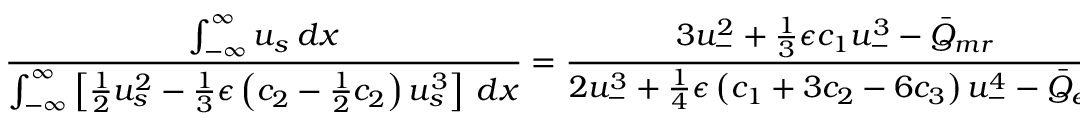
\frac { \int _ { - \infty } ^ { \infty } u _ { s } \: d x } { \int _ { - \infty } ^ { \infty } \left[ \frac { 1 } { 2 } u _ { s } ^ { 2 } - \frac { 1 } { 3 } \epsilon \left( c _ { 2 } - \frac { 1 } { 2 } c _ { 2 } \right) u _ { s } ^ { 3 } \right] \: d x } = \frac { 3 u _ { - } ^ { 2 } + \frac { 1 } { 3 } \epsilon c _ { 1 } u _ { - } ^ { 3 } - \bar { Q } _ { m r } } { 2 u _ { - } ^ { 3 } + \frac { 1 } { 4 } \epsilon \left( c _ { 1 } + 3 c _ { 2 } - 6 c _ { 3 } \right) u _ { - } ^ { 4 } - \bar { Q } _ { e r } } ,